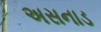
અસનાડ